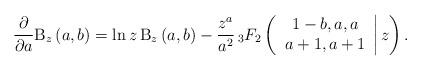
LaTeX: \begin{align*}\frac{\partial }{\partial a}\mathrm{B}_{z}\left( a,b\right) =\ln z\,\mathrm{B}_{z}\left( a,b\right) -\frac{z^{a}}{a^{2}}\,_{3}F_{2}\left( \left.\begin{array}{c}1-b,a,a \\a+1,a+1\end{array}\right\vert z\right) . \end{align*}